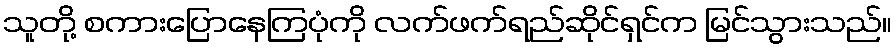
သူတို့ စကားပြောနေကြပုံကို လက်ဖက်ရည်ဆိုင်ရှင်က မြင်သွားသည်။